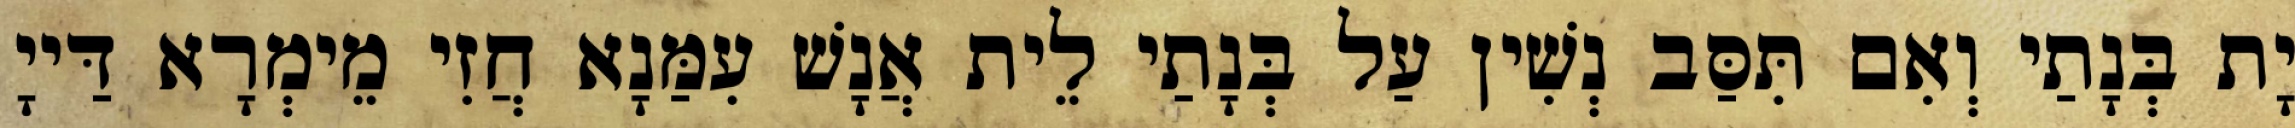
יָת בְּנָתַי וְאִם תִּסַּב נְשִׁין עַל בְּנָתַי לֵית אֲנָשׁ עִמַּנָא חֲזִי מֵימְרָא דַּייָ